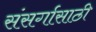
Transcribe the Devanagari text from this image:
संसर्गासाठी